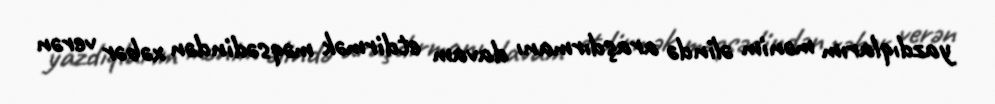
yazdıqlarım mənim əlində araşdırmanı davam etdirmək məqsədindən xəbər verən